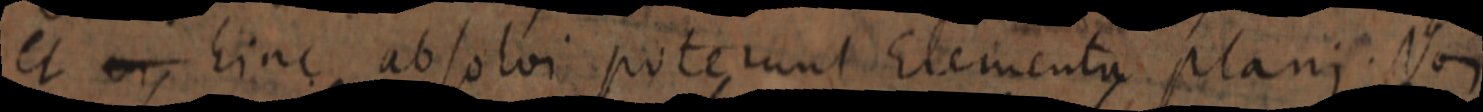
et _ hinc absolvi poterunt Elementa plani. Non